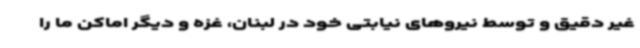
غیر دقیق و توسط نیروهای نیابتی خود در لبنان، غزه و دیگر اماکن ما را